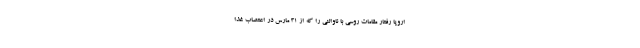
اروپا رفتار مقامات روسی با ناوالنی را که از 31 مارس در اعتصاب غذا